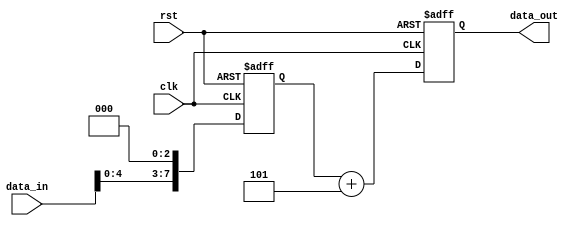
module ShiftAndAddRegister (
    input wire clk,
    input wire rst,
    input wire [7:0] data_in,
    output reg [7:0] data_out
);

// Define constants
parameter SHIFT_AMOUNT = 3;
parameter CONSTANT_VALUE = 5;

// Define internal signals
reg [7:0] shift_result;
reg [7:0] add_result;

always @(posedge clk or posedge rst) begin
    if (rst) begin
        // Reset the register
        shift_result <= 8'b0;
        add_result <= 8'b0;
    end else begin
        // Shift left by specified amount
        shift_result <= data_in << SHIFT_AMOUNT;

        // Add constant value
        add_result <= shift_result + CONSTANT_VALUE;
    end
end

// Output the final result
assign data_out = add_result;

endmodule